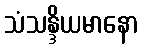
သံသန္ဒိယမာနော